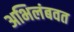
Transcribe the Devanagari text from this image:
अभिलंबवत